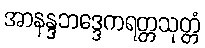
အာနန္ဒဘဒ္ဒေကရတ္တသုတ္တံ